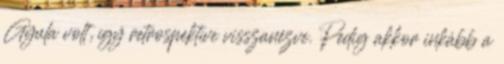
Gyula volt, így retrospektíve visszanézve. Pedig akkor inkább a